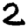
Digit: 2